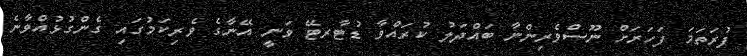
ފުރަތަމަ ފަހަރަށް ނޫސްވެރިންނާ ބައްދަލު ކުރައްވާ ޑުޓާރޓޭ ވަނީ އޭނާގެ ވެރިކަމުގައި ގެންގުޅުއްވާނެ